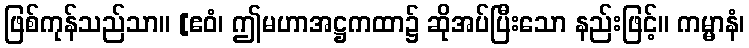
ဖြစ်ကုန်သည်သာ။ [ဧဝံ၊ ဤမဟာအဋ္ဌကထာ၌ ဆိုအပ်ပြီးသော နည်းဖြင့်။ ကမ္မာနံ၊